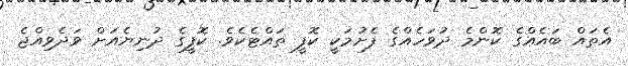
އެތައް ބައެއްގެ ކޮންމެ ދުވަހެއްގެ ފެށުމަކީ ކޮފީ ތައްޓެކެވެ. ކޮފީގެ ދުނިޔެއަށް ވަދެވިއްޖެ